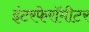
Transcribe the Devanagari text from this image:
इंटरफेरॉमीटर